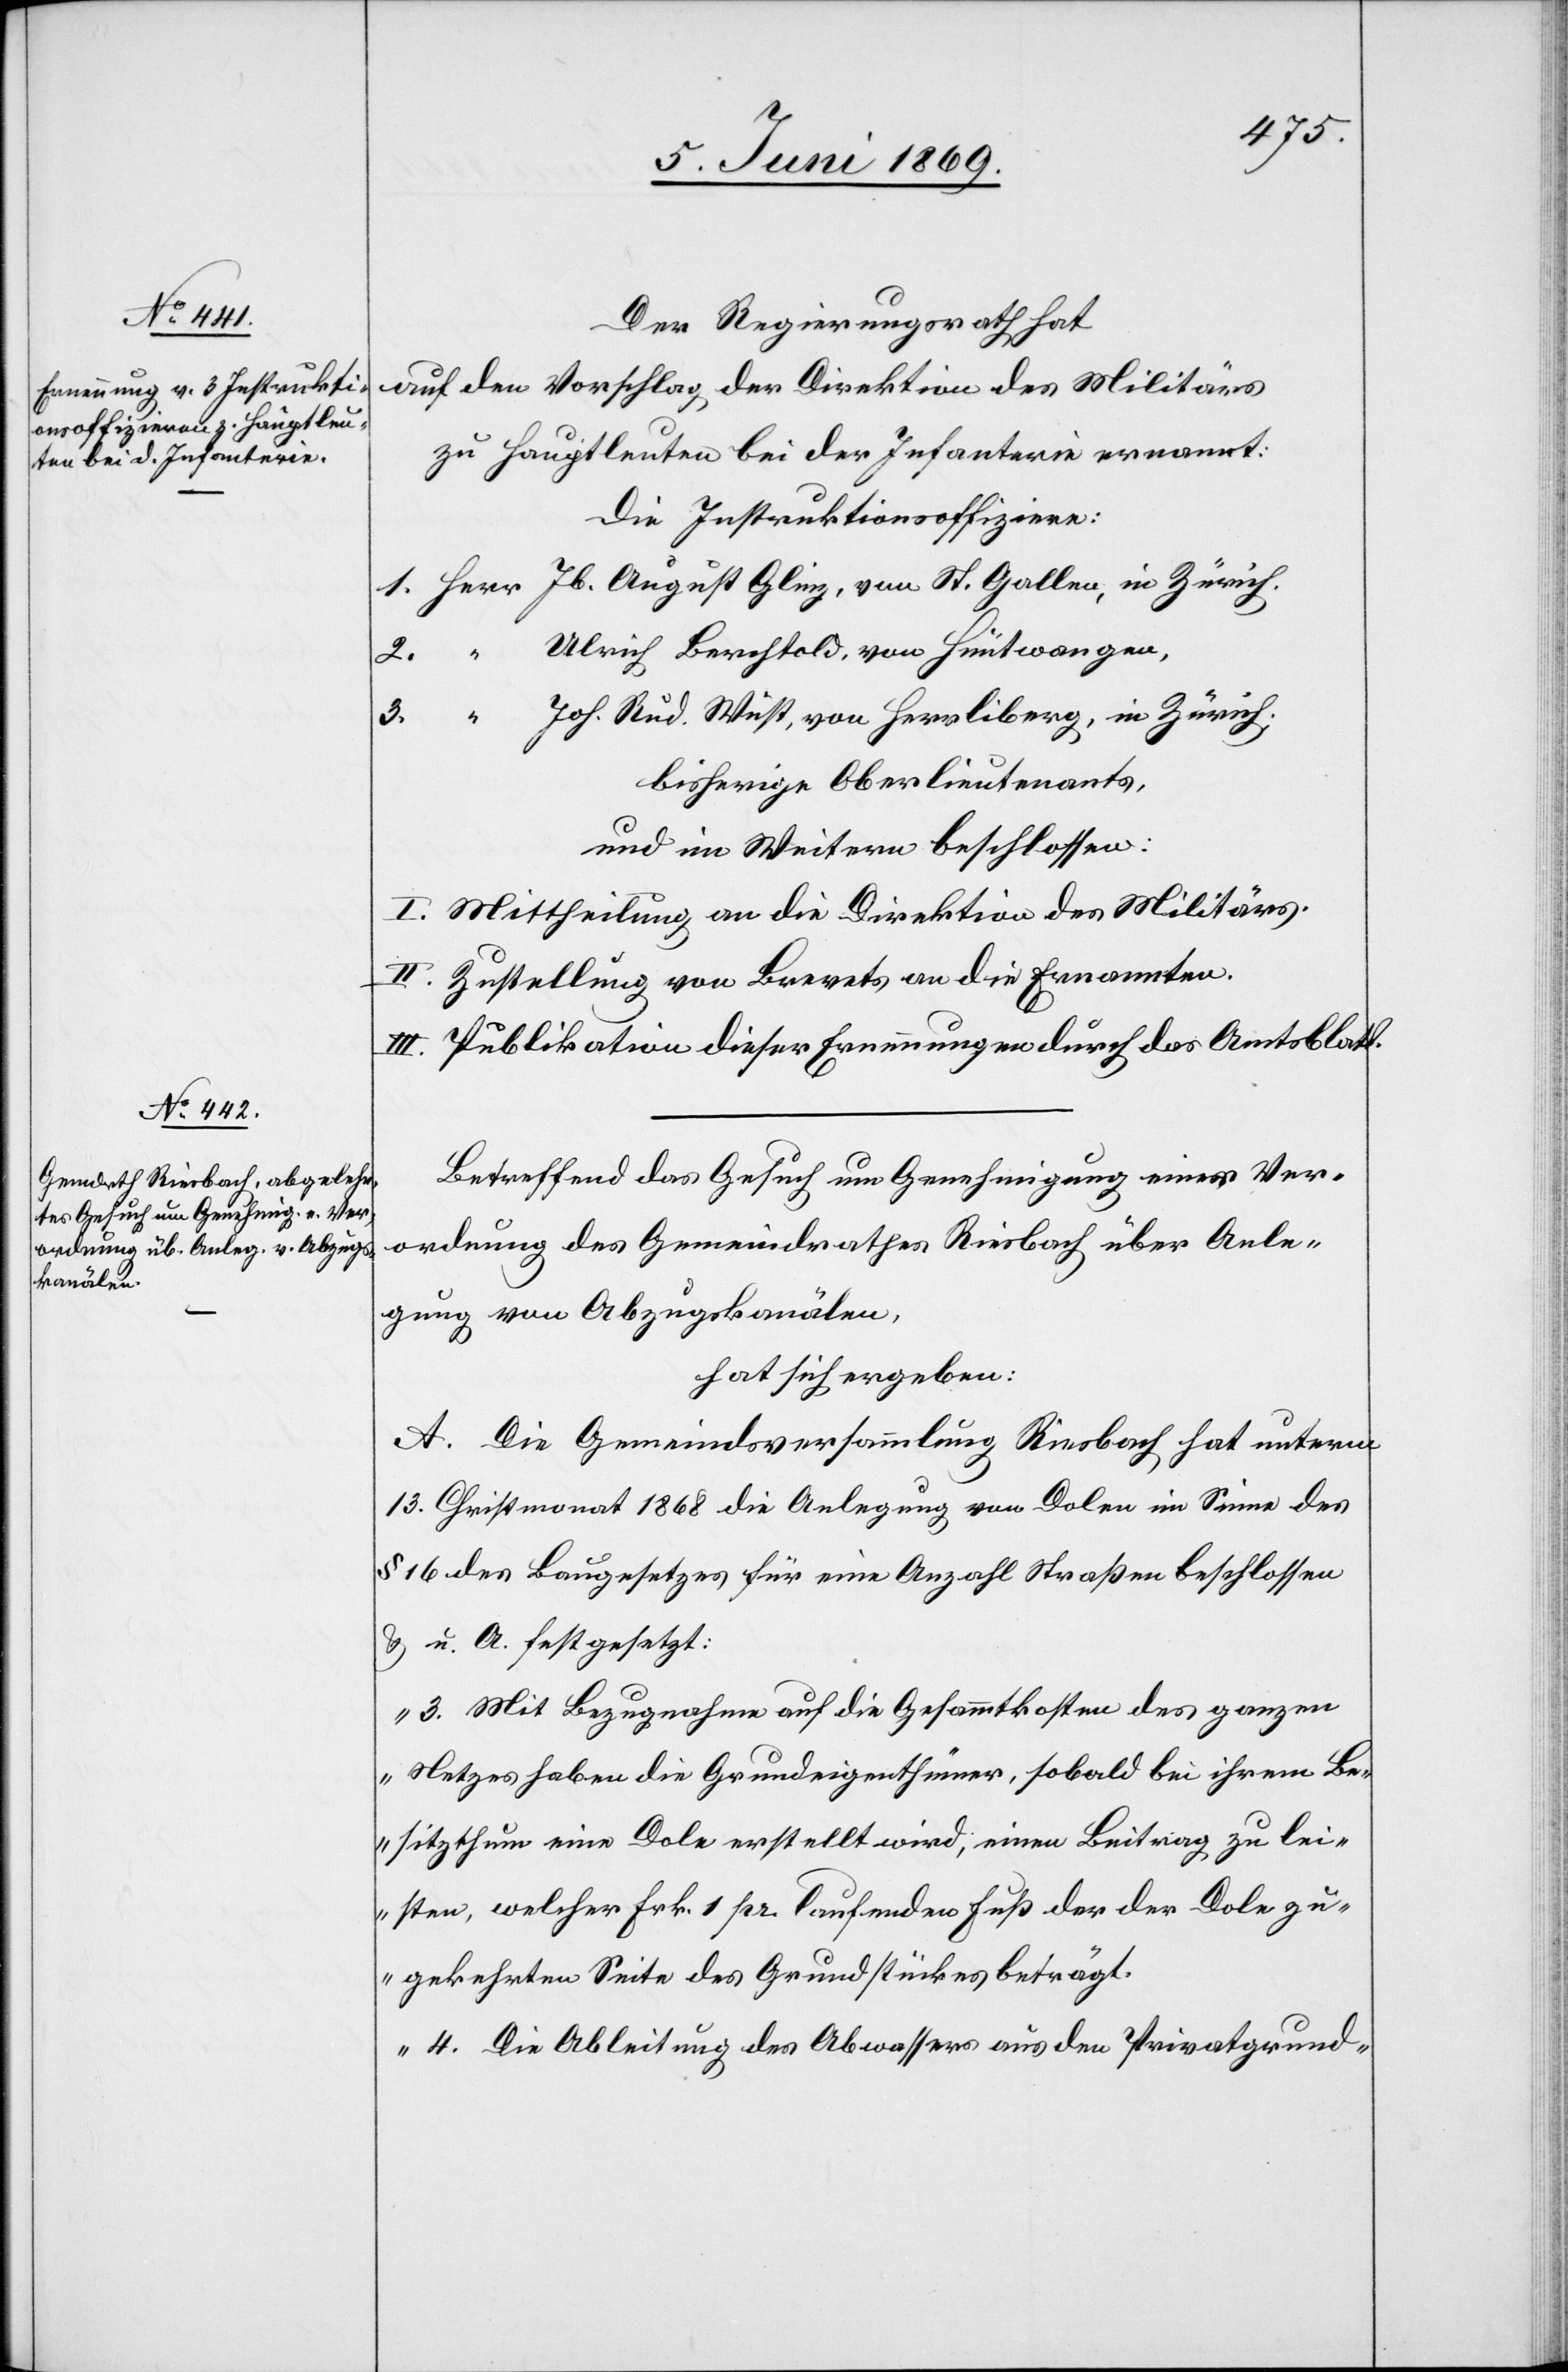
Der Regierungsrath hat
auf den Vorschlag, der Direktion des Militärs
zu Hauptleuten bei der Infanterie ernannt:
Die Instruktionsoffiziere:
1. Herr Jb. August Glinz, von St. Gallen, in Zürich.
2. “		Ulrich Berchthold, von Hüntwangen,
3. “		Joh. Rud. Wüst, von Herrliberg, in Zürich;
bisherige Oberlieutnants,
und im Weitern beschlossen:
I. Mittheilung an die Direktion des Militärs.
II. Zustellung von Brevets an die Ernannten.
III. Publikation dieser Ernennungen durch das Amtsblatt.
Betreffend das Gesuch um Genehmigung einer Ver¬
ordnung des Gemeindrathes Riesbach über Anle¬
gung von Abzugskanälen,
hat sich ergeben:
A. Die Gemeindsversammlung Riesbach hat unterm
13 Christmonat 1868 die Anlegung von Dolen im Sinne des
§ 16 des Baugesetzes für eine Anzahl Straßen beschlossen
u. u. A. festgesetzt:
„3. Mit Bezugnahme auf die Gesammtkosten des ganzen
Netzes haben die Grundeigenthümer, sobald bei ihrem Be¬
sitzthum eine Dole erstellt wird, einen Beitrag zu lei¬
sten, welcher Frk. 1 pr. laufenden Fuß der der Dole zu¬
gekehrten Seite des Grundstückes beträgt.
4. Die Ableitung des Abwassers aus den Privatgrund-